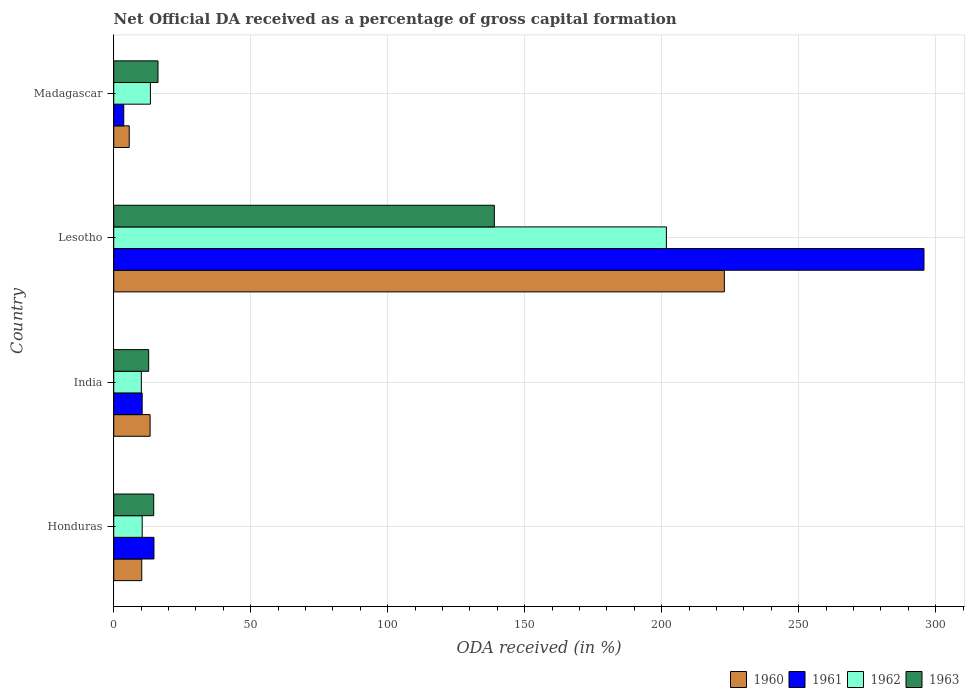
| Country | 1960 | 1961 | 1962 | 1963 |
 | --- | --- | --- | --- | --- |
 | Honduras | 10.2 | 14.7 | 10.4 | 14.6 |
 | India | 13.3 | 10.4 | 10.1 | 12.8 |
 | Lesotho | 223 | 296 | 202 | 139 |
 | Madagascar | 5.66 | 3.65 | 13.4 | 16.2 |